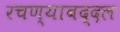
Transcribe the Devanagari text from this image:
रचण्याबद्दल